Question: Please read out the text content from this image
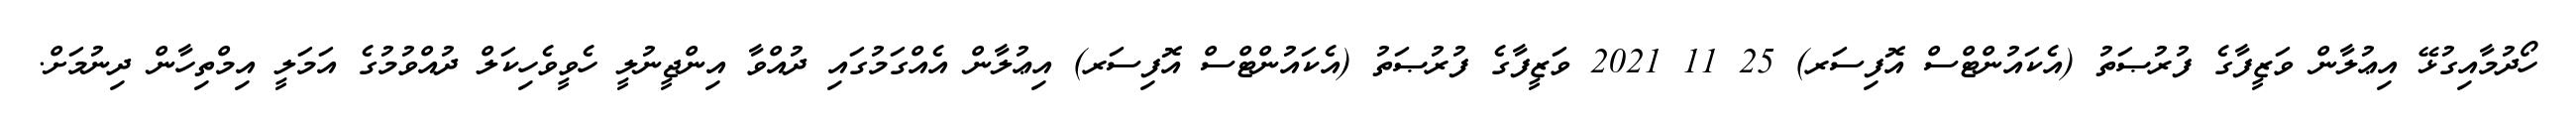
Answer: ހޯދުމާއިގުޅޭ އިޢުލާން ވަޒީފާގެ ފުރުޞަތު (އެކައުންޓްސް އޮފިސަރ) 25 11 2021 ވަޒީފާގެ ފުރުޞަތު (އެކައުންޓްސް އޮފިސަރ) އިޢުލާން އެއްގަމުގައި ދުއްވާ އިންޖީނުލީ ހެވީވެހިކަލް ދުއްވުމުގެ އަމަލީ އިމްތިހާން ދިނުމަށް.